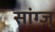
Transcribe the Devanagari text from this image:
सांग्ज़्‌